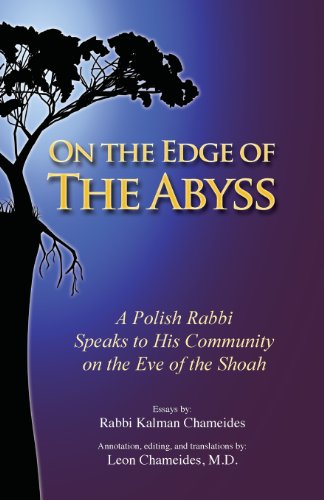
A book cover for On the Edge of the Abyss; Kalman Chameides; Religion & Spirituality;